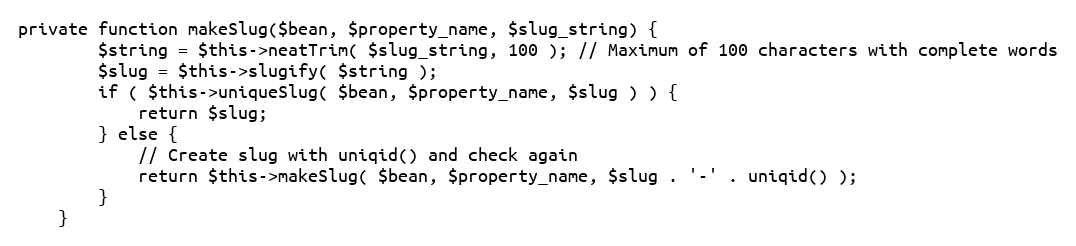
Language: PHP
private function makeSlug($bean, $property_name, $slug_string) {
		$string = $this->neatTrim( $slug_string, 100 ); // Maximum of 100 characters with complete words
		$slug = $this->slugify( $string );
		if ( $this->uniqueSlug( $bean, $property_name, $slug ) ) {
			return $slug;
		} else {
			// Create slug with uniqid() and check again
			return $this->makeSlug( $bean, $property_name, $slug . '-' . uniqid() );
		}
	}